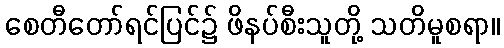
စေတီတော်ရင်ပြင်၌ ဖိနပ်စီးသူတို့ သတိမူစရာ။